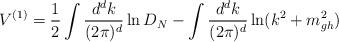
LaTeX: \begin{align*}V^{(1)}=\frac 12\int \frac{d^dk}{(2\pi )^d}\ln D_N-\int \frac{d^dk}{(2\pi )^d}\ln (k^2+m_{gh}^2)\end{align*}